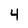
Character: 4